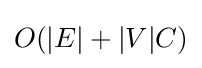
O(|E|+|V|C)